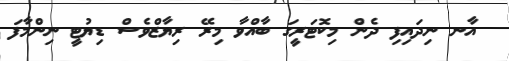
އާނ ނިދައިފި ދެން މިކޮޓަރީގަ ބާއްވާ މިރޭ ރިޔާޒްވެސް ޑިޔުޓީ ނިންމާފަ